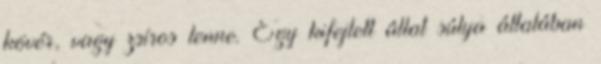
kövér, vagy zsíros lenne. Egy kifejlett állat súlya általában